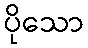
ပိုသော